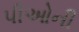
પીઓની